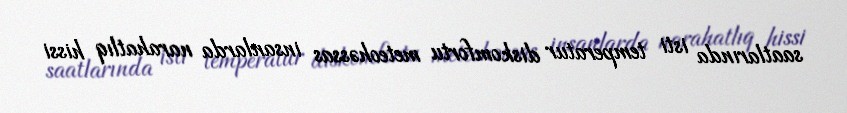
saatlarında isti temperatur diskomfortu meteohəssas insanlarda narahatlıq hissi